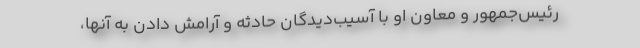
رئیس‌جمهور و معاون او با آسیب‌دیدگان حادثه و آرامش دادن به آنها،